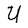
Character: U